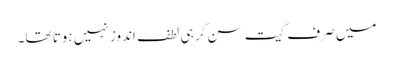
میں صرف گیت سن کر ہی لطف اندوز نہیں ہوتا تھا۔